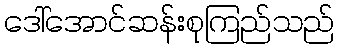
ဒေါ်အောင်ဆန်းစုကြည်သည်